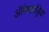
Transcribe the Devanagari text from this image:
अॅलेक्झांड्रिया